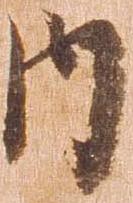
内